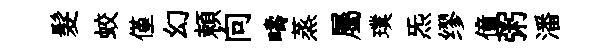
髮蛟僅幻頼向疇蒸屬璞炁缪僮粥潘